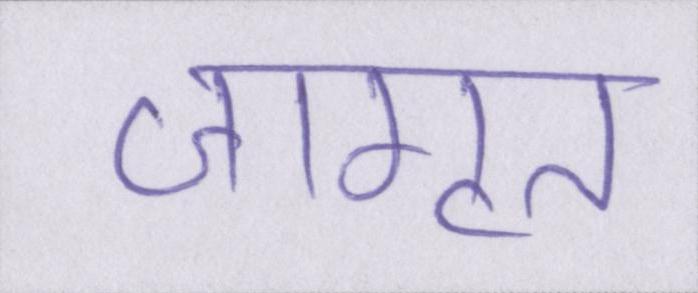
जागृत